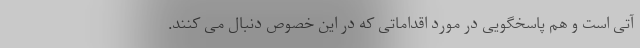
آتی است و هم پاسخگویی در مورد اقداماتی که در این خصوص دنبال می کنند.